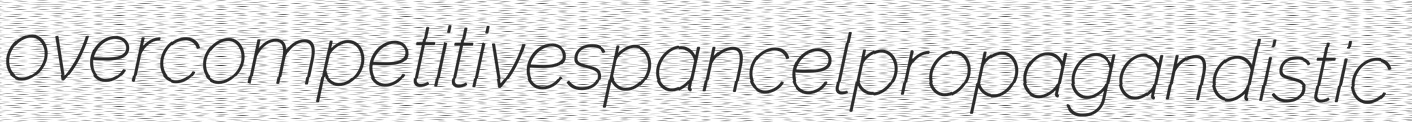
overcompetitive spancel propagandistic